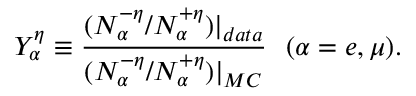
Y _ { \alpha } ^ { \eta } \equiv { \frac { ( N _ { \alpha } ^ { - \eta } / N _ { \alpha } ^ { + \eta } ) | _ { d a t a } } { ( N _ { \alpha } ^ { - \eta } / N _ { \alpha } ^ { + \eta } ) | _ { M C } } } \ \ ( \alpha = e , \mu ) .